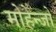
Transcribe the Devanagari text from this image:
मोहेन्जो